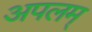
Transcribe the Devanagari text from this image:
अपलम्